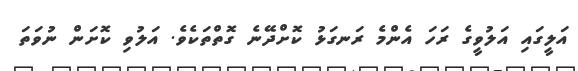
އަލީގައި އަލުވީގެ ރަހަ އެންމެ ރަނގަޅު ކޮށްދޭނެ ގޮތްތަކެވެ. އަލުވި ކޮށަން ނުވަތަ